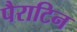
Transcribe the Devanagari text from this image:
पैराटिन